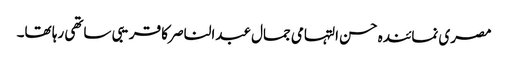
مصری نمائندہ حسن التہامی جمال عبدالناصر کا قریبی ساتھی رہا تھا۔